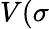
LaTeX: V(\sigma